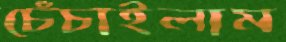
চেঁচাইলাম